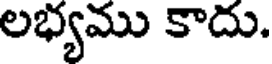
లభ్యము కాదు.